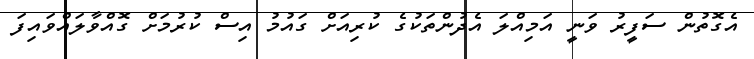
އެގޮތުން ސަފީރު ވަނީ އަމިއްލަ އެދުންތަކުގެ ކުރިއަށް ގައުމު އިސް ކުރުމަށް ގޮއްވާލައްވައިފަ